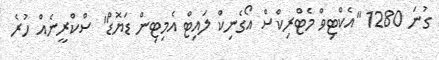
ގުނަ 1280 "އެކްޓިވް މެޓްރިކްސް އޯގެނިކް ލައިޓް އެމިޓިން ޑަޔޮޑް" ސްކްރީނެއް ހުރެ